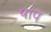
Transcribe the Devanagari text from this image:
षाप